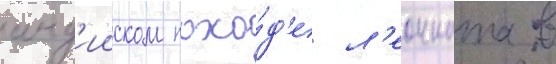
инд'ииском похо́д'е л'еонната в